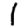
Digit: 1